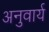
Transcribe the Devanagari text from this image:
अनुवार्य